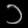
Digit: ၁